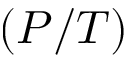
( P / T )